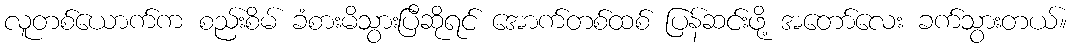
လူတစ်ယောက်က စည်းစိမ် ခံစားမိသွားပြီဆိုရင် အောက်တစ်ထစ် ပြန်ဆင်းဖို့ အတော်လေး ခက်သွားတယ်။